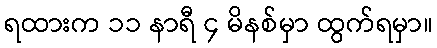
ရထားက ၁၁ နာရီ ၄ မိနစ်မှာ ထွက်ရမှာ။